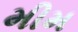
મીમ